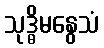
သုဒ္ဓိမနွေသံ